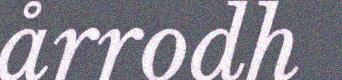
årrodh